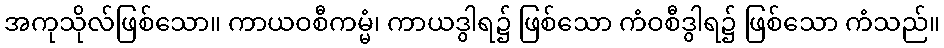
အကုသိုလ်ဖြစ်သော။ ကာယဝစီကမ္မံ၊ ကာယဒွါရ၌ ဖြစ်သော ကံဝစီဒွါရ၌ ဖြစ်သော ကံသည်။